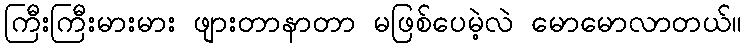
ကြီးကြီးမားမား ဖျားတာနာတာ မဖြစ်ပေမဲ့လဲ မောမောလာတယ်။